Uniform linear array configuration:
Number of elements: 64
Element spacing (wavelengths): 0.75
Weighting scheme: binomial
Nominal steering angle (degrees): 0
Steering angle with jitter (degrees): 0.2572
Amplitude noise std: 0.05
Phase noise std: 0.05

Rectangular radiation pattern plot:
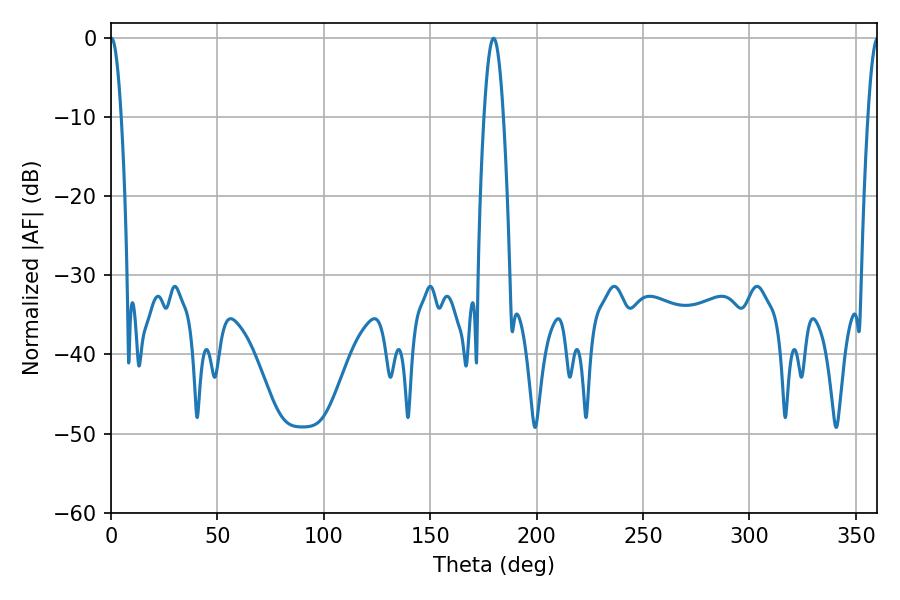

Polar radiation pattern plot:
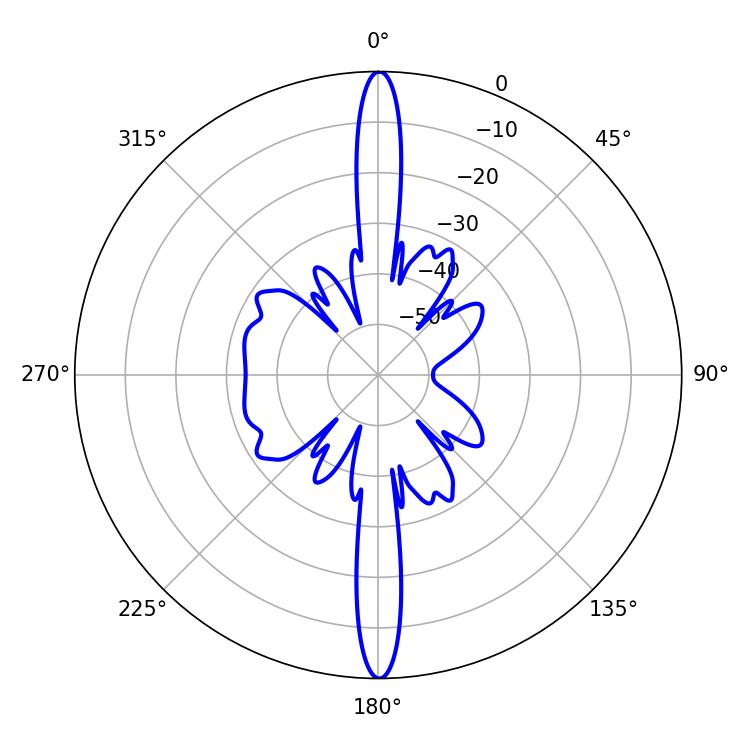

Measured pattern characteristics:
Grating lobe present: TRUE
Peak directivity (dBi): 39.082
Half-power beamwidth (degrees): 2.7
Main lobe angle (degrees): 0.18